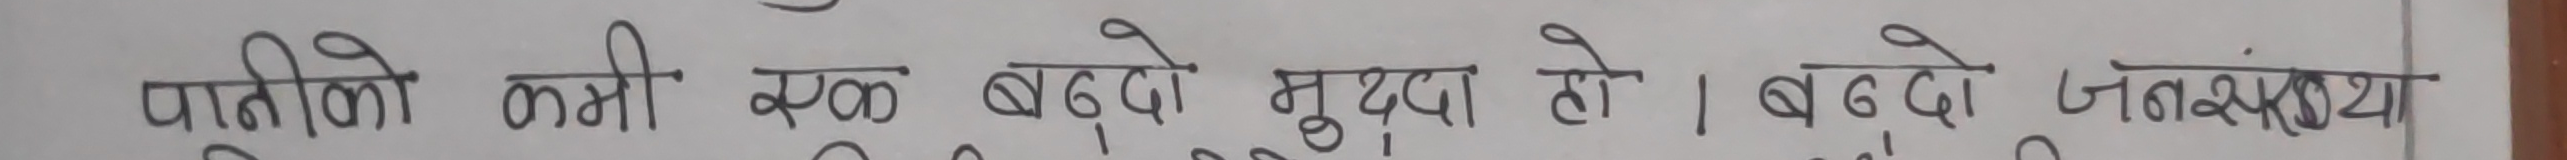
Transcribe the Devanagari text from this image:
पानीको कमी एक बढ्दो मुद्दा हो। बढ्दो जनसंख्या